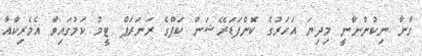
ގާނާ ނިކުންނާނީ މިދިޔަ އަހަރުގެ ކޮންފަޑަރޭޝަން ކަޕްގެ ރަނަރަޕް ޓީމު ކަމުގައިވާ އެމެރިކާއާ